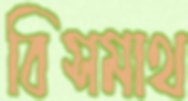
বিসমাথ